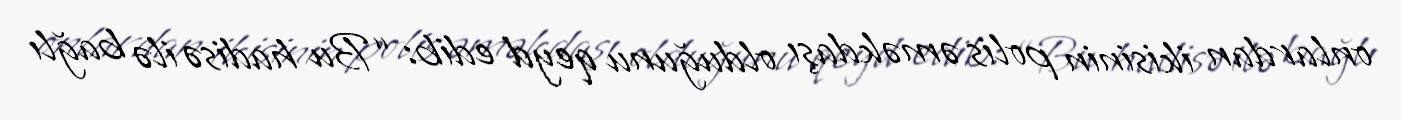
onlardan ikisinin polis əməkdaşı olduğunu qeyd edib: “Bu hadisə ilə bağlı